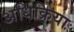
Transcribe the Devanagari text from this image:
अधिक्रिया